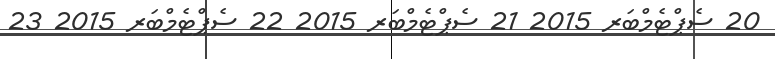
20 ސެޕްޓެމްބަރ 2015 21 ސެޕްޓެމްބަރ 2015 22 ސެޕްޓެމްބަރ 2015 23